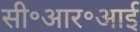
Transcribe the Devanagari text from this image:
सी॰आर॰आई